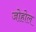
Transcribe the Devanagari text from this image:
जोहोल